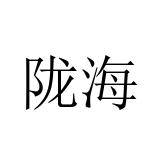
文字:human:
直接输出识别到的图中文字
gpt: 陇海